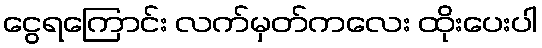
ငွေရကြောင်း လက်မှတ်ကလေး ထိုးပေးပါ